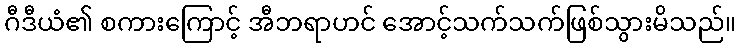
ဂီဒီယံ၏ စကားကြောင့် အီဘရာဟင် အောင့်သက်သက်ဖြစ်သွားမိသည်။